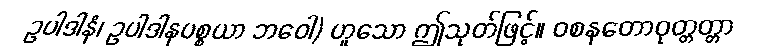
ဥပါဒါနံ၊ ဥပါဒါနပစ္စယာ ဘဝေါ) ဟူသော ဤသုတ်ဖြင့်။ ဝစနတောဝုတ္တတ္တာ